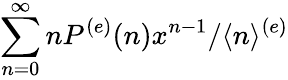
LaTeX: \sum_{n=0}^{\infty}nP^{(e)}(n)x^{n-1}/\langle n\rangle^{(e)}